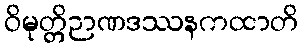
ဝိမုတ္တိဉာဏဒဿနကထာတိ